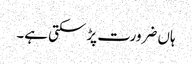
ہاں ضرورت پڑ سکتی ہے۔